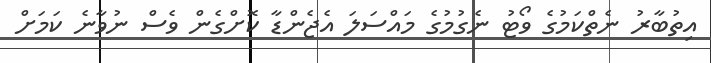
އިތުބާރު ނެތްކަމުގެ ވޯޓު ނެގުމުގެ މައްސަލަ އެޖެންޑާ ކޮށްގެން ވެސް ނުވާނެ ކަމަށް